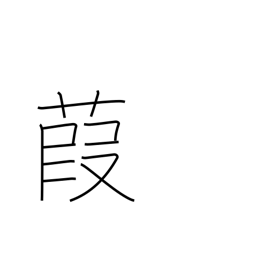
Meaning: reed